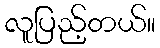
လူပြည့်တယ်။